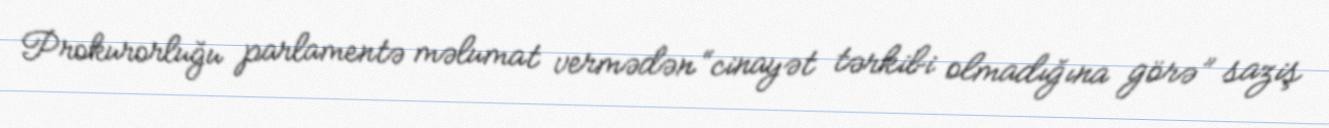
Prokurorluğu parlamentə məlumat vermədən “cinayət tərkibi olmadığına görə” saziş